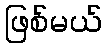
ဖြစ်မယ်